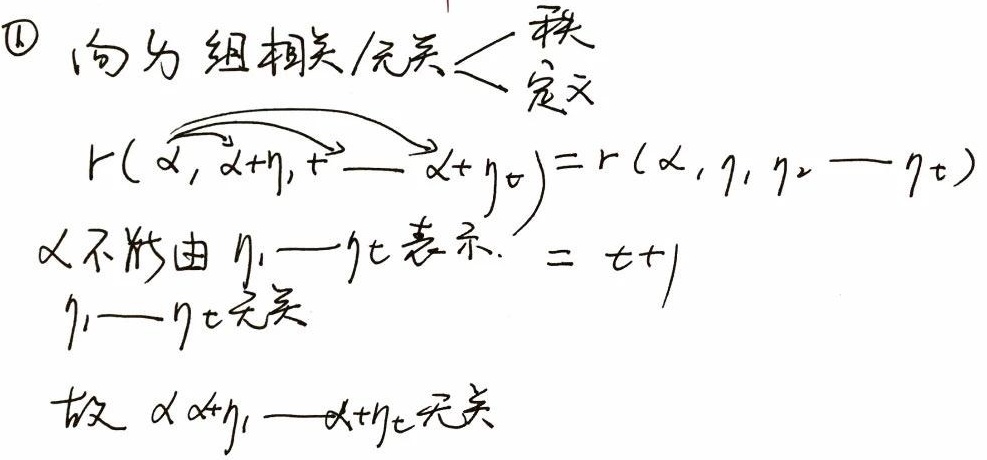
\textcircled{1} 向量组相关/无关<秩定义：\(r(\alpha,\alpha + \eta_1,\cdots,\alpha+\eta_t)=r(\alpha,\eta_1,\eta_2,\cdots,\eta_t)\)。若\(\alpha\)不能由\(\eta_1,\cdots,\eta_t\)表示，且\(r(\alpha,\eta_1,\cdots,\eta_t)=t + 1\)，又因为\(\eta_1,\cdots,\eta_t\)无关，故\(\alpha,\alpha+\eta_1,\cdots,\alpha+\eta_t\)无关。